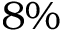
8 \%